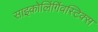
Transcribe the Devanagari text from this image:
साइकोलिंगिंवस्टिक्स